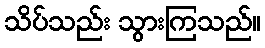
သိပ်သည်း သွားကြသည်။